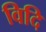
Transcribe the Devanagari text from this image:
विदि